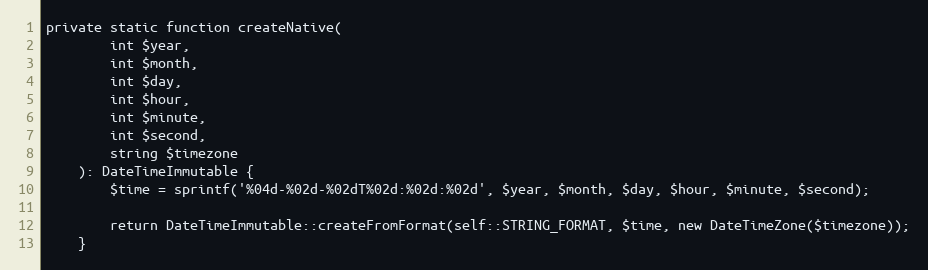
Language: PHP
private static function createNative(
        int $year,
        int $month,
        int $day,
        int $hour,
        int $minute,
        int $second,
        string $timezone
    ): DateTimeImmutable {
        $time = sprintf('%04d-%02d-%02dT%02d:%02d:%02d', $year, $month, $day, $hour, $minute, $second);

        return DateTimeImmutable::createFromFormat(self::STRING_FORMAT, $time, new DateTimeZone($timezone));
    }